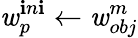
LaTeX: \mathit{w}_{p}^{\mathbf{i}n\mathbf{i}}\leftarrow\mathit{w}_{obj}^{m}